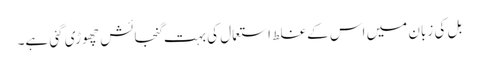
بل کی زبان میں اس کے غلط استعمال کی بہت گنجائش چھوڑی گئی ہے۔